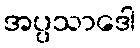
အပ္ပသာဒေါ